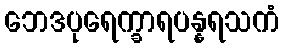
ဘေဒပုရေက္ခာရပန္နရသကံ